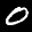
Label: 0